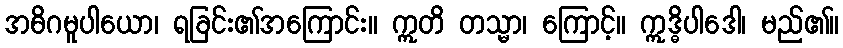
အဓိဂမူပါယော၊ ရခြင်း၏အကြောင်း။ ဣတိ တသ္မာ၊ ကြောင့်။ ဣဒ္ဓိပါဒေါ၊ မည်၏။